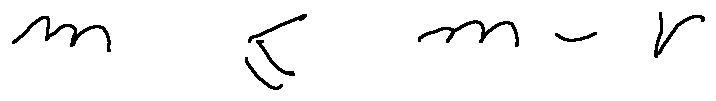
m \leq m - r